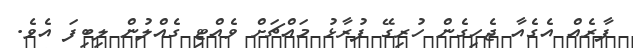
ފާރެއް އެގެއާ ޖެހިގެން ހުރިގޭ ފުރާޅު މައްޗަށް ވެއްޓި ގެއްލުން ލިބިފަ އެވެ.